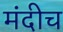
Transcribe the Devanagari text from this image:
मंदीच